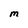
Character: M